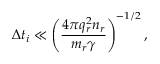
\Delta t _ { i } \ll \left( \frac { 4 \pi q _ { r } ^ { 2 } n _ { r } } { m _ { r } \gamma } \right) ^ { - 1 / 2 } ,